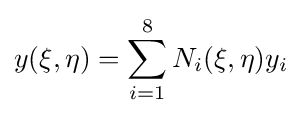
y(\xi ,\eta )=\sum _{i=1}^{8}N_{i}(\xi ,\eta )y_{i}